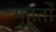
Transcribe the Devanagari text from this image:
मूहूर्तों